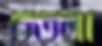
চতলা